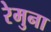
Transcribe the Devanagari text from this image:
रेमुना